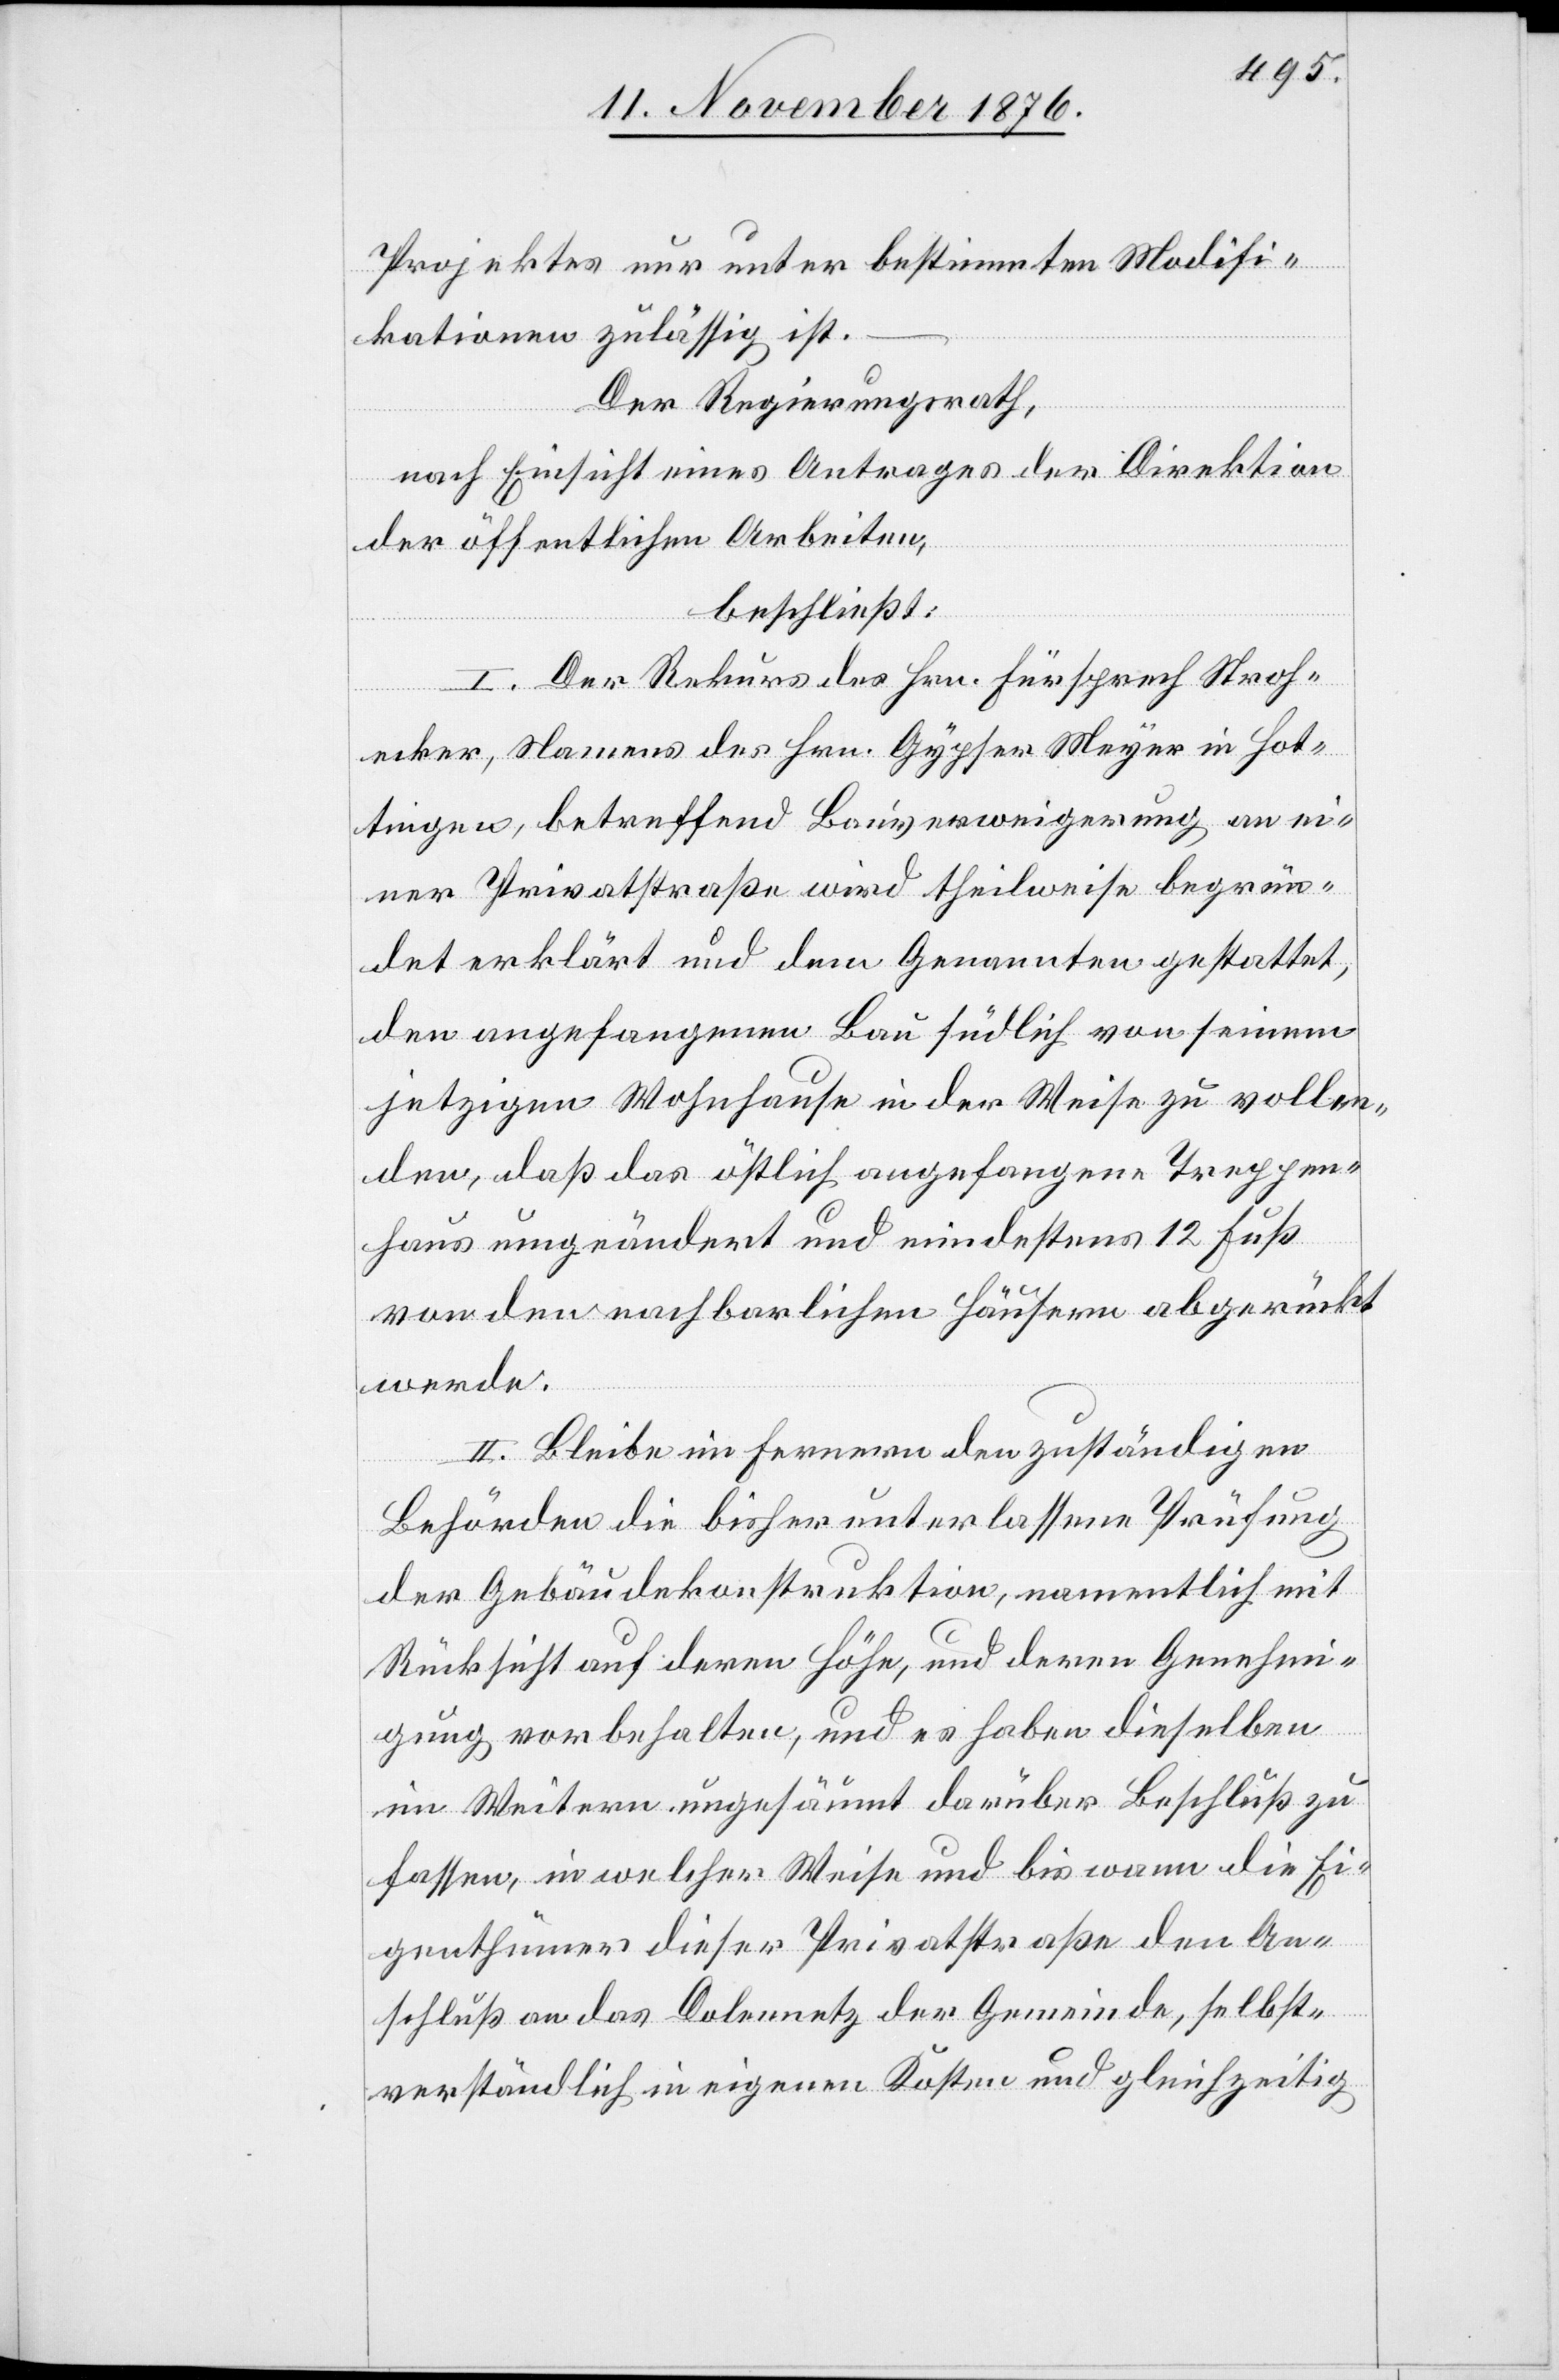
Projektes nur unter bestimmten Modifi¬
kationen zulässig ist.
Der Regierungsrath,
nach Einsicht eines Antrages der Direktion
der öffentlichen Arbeiten,
beschließt:
I. Der Rekurs des Hrn. Fürsprech Stroh¬
ecker, Namens des Hrn. Gypser Meyer in Hot¬
tingen, betreffend Bauverweigerung an ei¬
ner Privatstraße wird theilweise begrün¬
det erklärt und dem Genannten gestattet,
den angefangenen Bau südlich von seinem
jetzigen Wohnhause in der Weise zu vollen¬
den, daß das östlich angefangene Treppen¬
haus umgeändert und mindestens 12 Fuß
von den nachbarlichen Häusern abgerückt
werde.
II. Bleibe im Fernern den zuständigen
Behörden die bisher unterlassene Prüfung
der Gebäudekonstruktion, namentlich mit
Rücksicht auf deren Höhe, und deren Genehmi¬
gung vorbehalten, und es haben dieselben
im Weitern ungesäumt darüber Beschluß zu
fassen, in welcher Weise und bis wann die Ei¬
genthümer dieser Privatstraße den An¬
schluß an das Dolennetz der Gemeinde, selbst¬
verständlich in eigenen Kosten und gleichzeitig